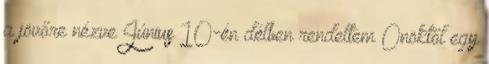
a jövőre nézve Június 10-én délben rendeltem Önöktől egy